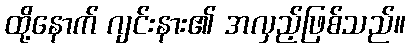
ထို့နောက် ဂျင်းနား၏ အလှည့်ဖြစ်သည်။